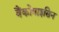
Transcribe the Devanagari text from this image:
वैंकोमाइसिन